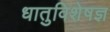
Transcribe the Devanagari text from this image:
धातुविशेषज्ञ